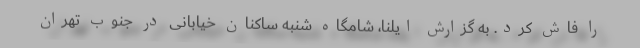
را فاش کرد. به گزارش ایلنا، شامگاه شنبه ساکنان خیابانی در جنوب تهران